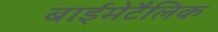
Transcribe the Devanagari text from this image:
बाईमेटैलिक